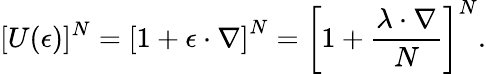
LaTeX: [U(\mathbf{\epsilon})]^{N}=\left[1+\mathbf{\epsilon}\cdot\nabla\right]^{N}=\left[1+{\frac{\mathbf{\lambda}\cdot\nabla}{N}}\right]^{N}.